Annual report of the Bengal Veterinary College and of the Civil Veterinary Department, Bengal, for the year 1910-1911 - 1910-1911
Year: 1910
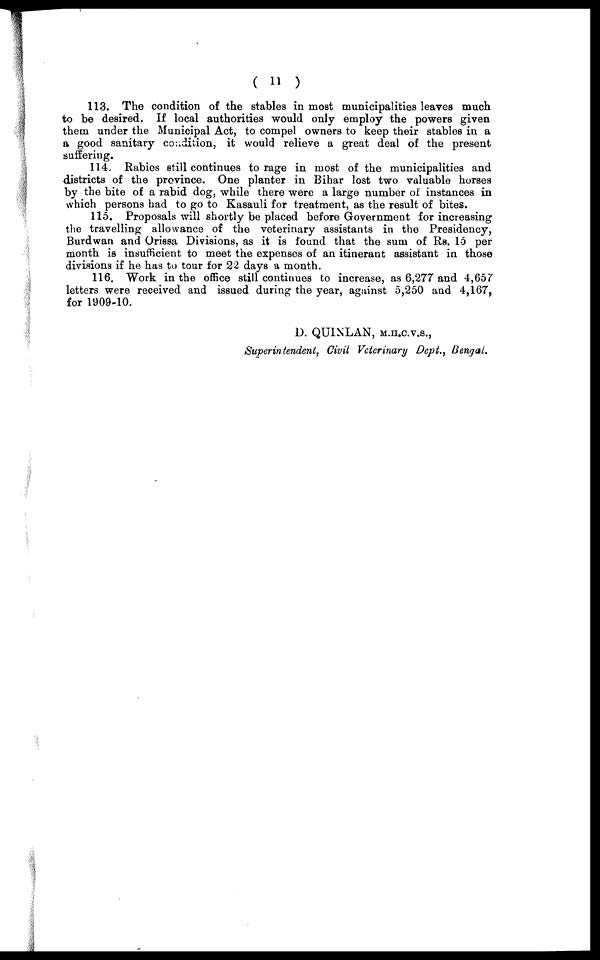
( 11 )
113. The condition of the stables in most municipalities leaves much
to be desired. If local authorities would only employ the powers given
them under the Municipal Act, to compel owners to keep their stables in a
a good sanitary condition, it would relieve a great deal of the present
suffering.
114. Rabies still continues to rage in most of the municipalities and
districts of the province. One planter in Bihar lost two valuable horses
by the bite of a rabid dog, while there were a large number of instances in
which persons had to go to Kasauli for treatment, as the result of bites.
115. Proposals will shortly be placed before Government for increasing
the travelling allowance of the veterinary assistants in the Presidency,
Burdwan and Orissa Divisions, as it is found that the sum of Rs. 15 per
month is insufficient to meet the expenses of an itinerant assistant in those
divisions if he has to tour for 22 days a month.
116. Work in the office still continues to increase, as 6,277 and 4, 657
letters were received and issued during the year, against 5,250 and 4,167,
for 1909-10.
D. QUINLAN, M.H.C.V.S.,
Superintendent, Civil Veterinary Dept., Bengal.